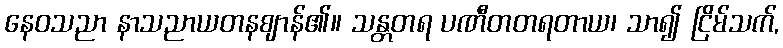
နေဝသညာ နာသညာယတနဈာန်၏။ သန္တတရ ပဏီတတရတာယ၊ သာ၍ ငြိမ်သက်,